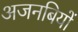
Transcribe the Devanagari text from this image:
अजनबियों